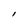
Character: l